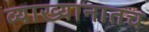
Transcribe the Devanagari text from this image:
व्याख्यानातच